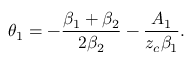
\theta _ { 1 } = - \frac { \beta _ { 1 } + \beta _ { 2 } } { 2 \beta _ { 2 } } - \frac { A _ { 1 } } { z _ { c } \beta _ { 1 } } .